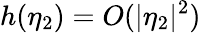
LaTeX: h(\eta_{2})=O(|\eta_{2}|^{2})